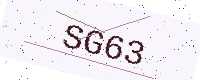
Text: SG63